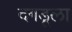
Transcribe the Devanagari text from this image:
दगडूला